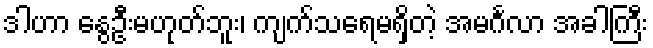
ဒါဟာ နွေဦးမဟုတ်ဘူး၊ ကျက်သရေမရှိတဲ့ အမင်္ဂလာ အခါကြီး